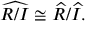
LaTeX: { \widehat { R / I } } \cong { \widehat { R } } / { \widehat { I } } .